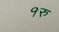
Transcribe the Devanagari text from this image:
१रु